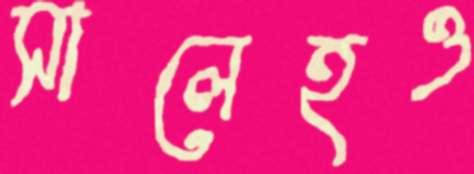
সালেহও